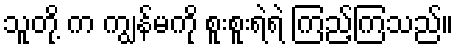
သူတို့ က ကျွန်မကို စူးစူးရဲရဲ ကြည့်ကြသည်။